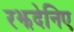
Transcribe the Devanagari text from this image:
रझदेनिए